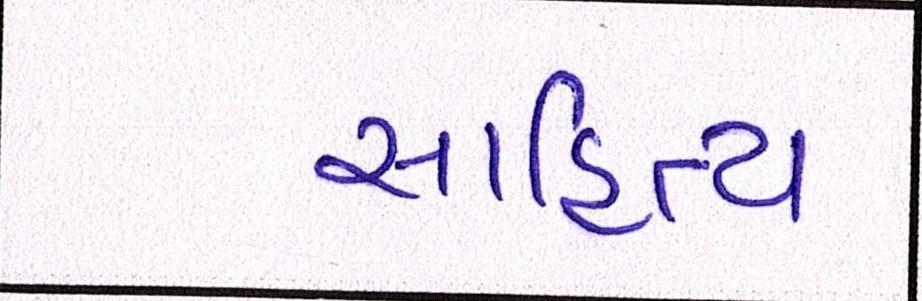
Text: સાહિત્ય